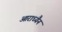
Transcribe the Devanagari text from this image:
आराध्यैनं